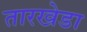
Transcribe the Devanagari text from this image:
तारखेडा